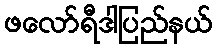
ဖလော်ရီဒါပြည်နယ်